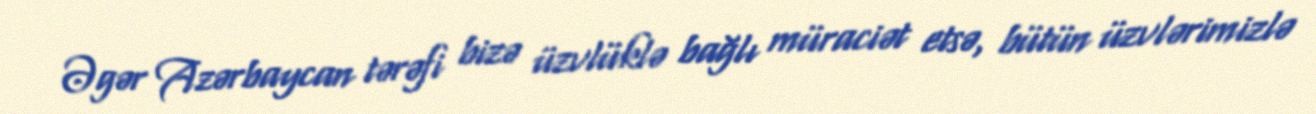
Əgər Azərbaycan tərəfi bizə üzvlüklə bağlı müraciət etsə, bütün üzvlərimizlə